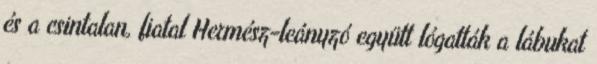
és a csintalan, fiatal Hermész-leányzó együtt lógatták a lábukat